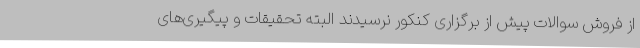
از فروش سوالات پیش از برگزاری کنکور نرسیدند البته تحقیقات و پیگیری‌های